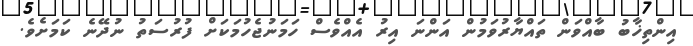
އިންތިޚާބު ބާއްވަން ތައްޔާރުވަމުން އަންނަ އިރު އެއްވެސް ހަމަނުޖެހުމަކަށް ފުރުސަތު ނުދޭނެ ކަމަށެވެ.